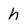
Character: h